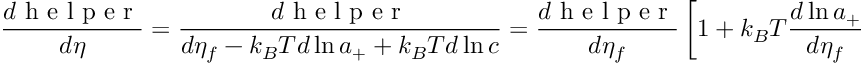
\frac { d \mathrm { ~ h ~ e ~ l ~ p ~ e ~ r ~ } } { d \eta } = \frac { d \mathrm { ~ h ~ e ~ l ~ p ~ e ~ r ~ } } { d \eta _ { f } - k _ { B } T d \ln { a _ { + } } + k _ { B } T d \ln { c } } = \frac { d \mathrm { ~ h ~ e ~ l ~ p ~ e ~ r ~ } } { d \eta _ { f } } \left[ 1 + k _ { B } T \frac { d \ln { a _ { + } } } { d \eta _ { f } } - k _ { B } T \frac { d \ln { c } } { d \eta _ { f } } \right] + \mathcal { O } ( \Delta a _ { ( + ) } ^ { 2 } ) \approx \frac { d \mathrm { ~ h ~ e ~ l ~ p ~ e ~ r ~ } } { d \eta _ { f } } .